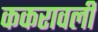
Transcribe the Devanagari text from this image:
ककरावली